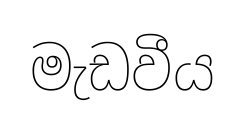
මැඩවීය